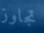
تجاوز